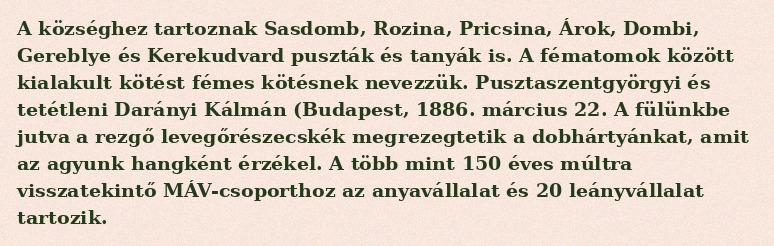
A községhez tartoznak Sasdomb, Rozina, Pricsina, Árok, Dombi, Gereblye és Kerekudvard puszták és tanyák is. A fématomok között kialakult kötést fémes kötésnek nevezzük. Pusztaszentgyörgyi és tetétleni Darányi Kálmán (Budapest, 1886. március 22. A fülünkbe jutva a rezgő levegőrészecskék megrezegtetik a dobhártyánkat, amit az agyunk hangként érzékel. A több mint 150 éves múltra visszatekintő MÁV-csoporthoz az anyavállalat és 20 leányvállalat tartozik.